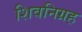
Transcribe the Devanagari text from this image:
शिवनिग्रह